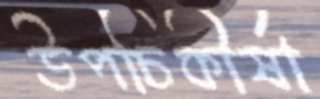
উপচিকীর্ষা